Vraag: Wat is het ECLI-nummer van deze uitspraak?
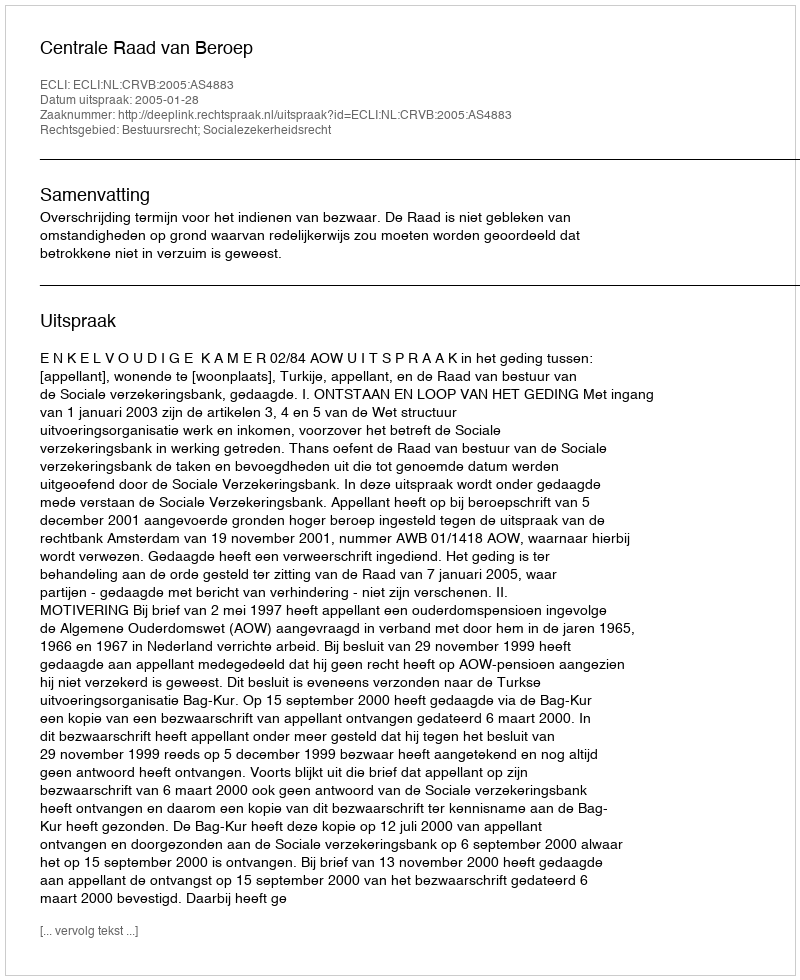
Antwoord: ECLI:NL:CRVB:2005:AS4883